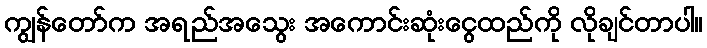
ကျွန်တော်က အရည်အသွေး အကောင်းဆုံးငွေထည်ကို လိုချင်တာပါ။